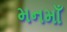
મનમાઁ